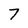
Character: 7